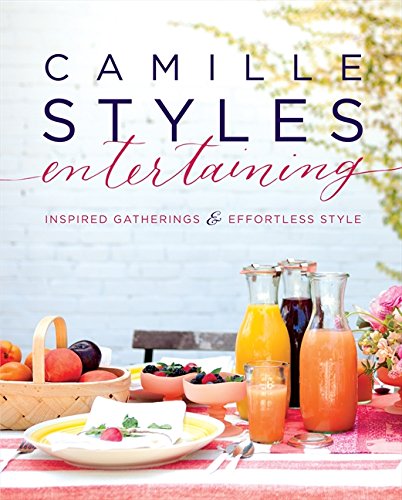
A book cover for Camille Styles Entertaining: Inspired Gatherings and Effortless Style; Camille Styles; Cookbooks, Food & Wine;